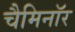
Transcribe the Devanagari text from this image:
चैमिनॉर